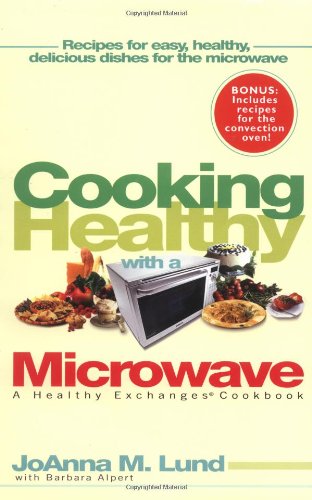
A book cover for Cooking Healthy With a Microwave: A Healthy Exchanges Cookbook (Healthy Exchanges Cookbooks); JoAnna M. Lund; Cookbooks, Food & Wine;